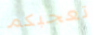
تعجبكم